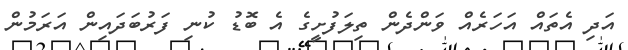
އަދި އެތައް އަހަރެއް ވަންދެން ތިލަފުށީގެ އެ ބޮޑު ކުނި ފަރުބަދައިން އަރަމުން